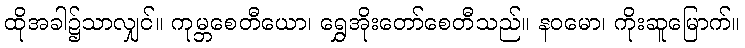
ထိုအခါ၌သာလျှင်။ ကုမ္ဘစေတီယော၊ ရွှေအိုးတော်စေတီသည်။ နဝမော၊ ကိုးဆူမြောက်။